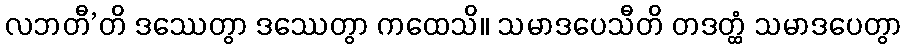
လဘတီ’တိ ဒဿေတွာ ဒဿေတွာ ကထေသိ။ သမာဒပေသီတိ တဒတ္ထံ သမာဒပေတွာ